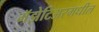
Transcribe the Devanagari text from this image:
गॅझेटिअरमधील